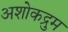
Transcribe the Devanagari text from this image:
अशोकद्रुम